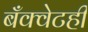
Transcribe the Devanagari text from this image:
बँक्वेटही